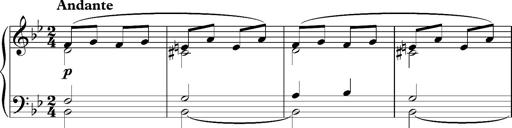
Title: PrÃ©lude Ã¡ la Polka d'Alexandre Porfiryevitch Borodine
Composer: Franz Liszt
Key: B-flat major